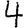
Digit: 4